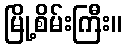
မြို့စိမ်းကြီး။